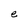
Character: e